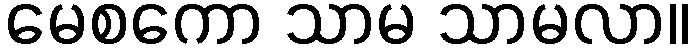
မေစကော သာမ သာမလာ။